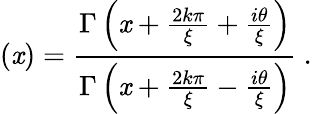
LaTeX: \left(\mathit{x}\right)=\frac{{\Gamma\left(\mathit{x}+\frac{{2k\pi}}{{\xi}}+\frac{{i\theta}}{{\xi}}\right)}}{{\Gamma\left(\mathit{x}+\frac{{2k\pi}}{{\xi}}-\frac{{i\theta}}{{\xi}}\right)}}\ .